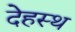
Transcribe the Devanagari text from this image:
देहस्थ